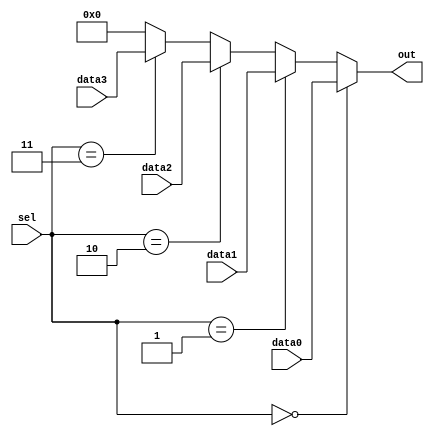
module vector_continuous_assignment (
    input wire [3:0] sel,          // 4-bit selection signal
    input wire [7:0] data0,        // 8-bit input data 0
    input wire [7:0] data1,        // 8-bit input data 1
    input wire [7:0] data2,        // 8-bit input data 2
    input wire [7:0] data3,        // 8-bit input data 3
    output wire [7:0] out          // 8-bit output vector
);

// Continuous assignment for output based on selection signal
assign out = (sel == 4'b0000) ? data0 :
             (sel == 4'b0001) ? data1 :
             (sel == 4'b0010) ? data2 :
             (sel == 4'b0011) ? data3 :
             8'b00000000; // Default case (if sel is not valid)

endmodule